Indian journal of veterinary science and animal husbandry - Volumes 26-27, 1956-1957
Year: 1956
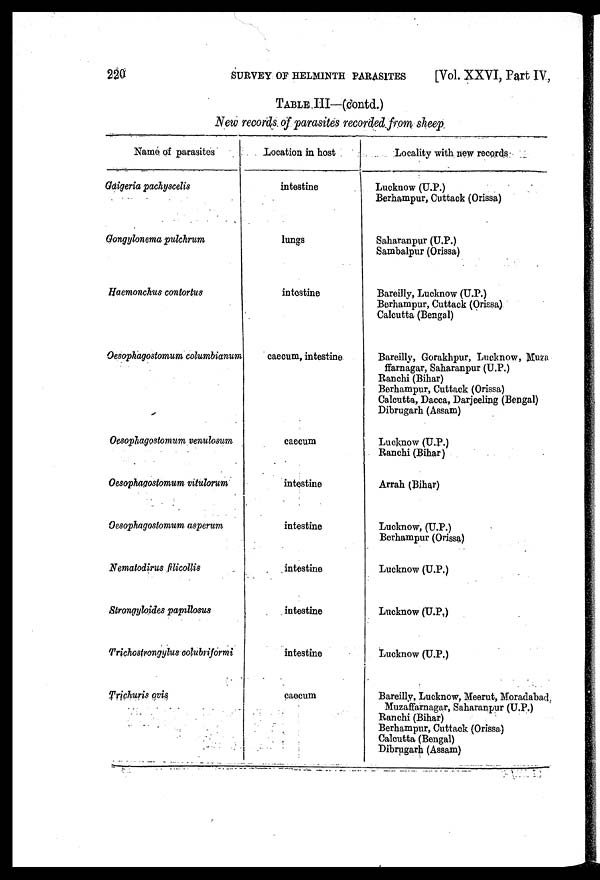
220 SURVEY OF HELMINTH PARASITES [Vol. XXVI, Part IV,
TABLE III—(contd.)
New records of parasites recorded from sheep
Name of parasites
Gaigeria pachyscelis
Gongylonema pulchrum
Haemonchus contortus
Oesophagostomum columbianum
Oesophagostomum venulosum
Oesophagostomum vitulorum
Oesophagostomum asperum
Nematodirus filicollis
Strongyloides papillosus
Trichostrongylus colubriformi
Trichuris ovis
Location in host
intestine
lungs
intestine
caecum, intestine
caecum
intestine
intestine
intestine
intestine
intestine
caecum
Locality with new records
Lucknow (U.P.)
Berhampur, Cuttack (Orissa)
Saharanpur (U.P.)
Sambalpur (Orissa)
Bareilly, Lucknow (U.P.)
Berhampur, Cuttack (Orissa)
Calcutta (Bengal)
Bareilly, Gorakhpur, Lucknow, Muza
ffarnagar, Saharanpur (U.P.)
Ranchi (Bihar)
Berhampur, Cuttack (Orissa)
Calcutta, Dacca, Darjeeling (Bengal)
Dibrugarh (Assam)
Lucknow (U.P.)
Ranchi (Bihar)
Arrah (Bihar)
Lucknow, (U.P.)
Berhampur (Orissa)
Lucknow (U.P.)
Lucknow (U.P,)
Lucknow (U.P.)
Bareilly, Lucknow, Meerut, Moradabad
Muzaffarnagar, Saharanpur (U.P.)
Ranchi (Bihar)
Berhampur, Cuttack (Orissa)
Calcutta (Bengal)
Dibrugarh (Assam)